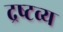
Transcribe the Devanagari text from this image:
द्रष्‍टव्‍य